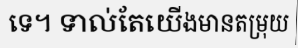
ទេ។ ទាល់តែយើងមានតម្រុយ